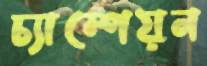
চ্যাম্পেয়ন